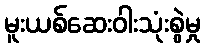
မူးယစ်ဆေးဝါးသုံးစွဲမှု